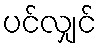
ပင်လျှင်